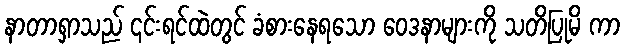
နာတာရှာသည် ၎င်းရင်ထဲတွင် ခံစားနေရသော ဝေဒနာများကို သတိပြုမိ ကာ